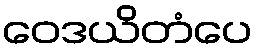
ဝေဒယိတံပေ